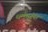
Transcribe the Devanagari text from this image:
धर्मगुरूंस